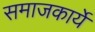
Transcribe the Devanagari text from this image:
समाजकार्ये